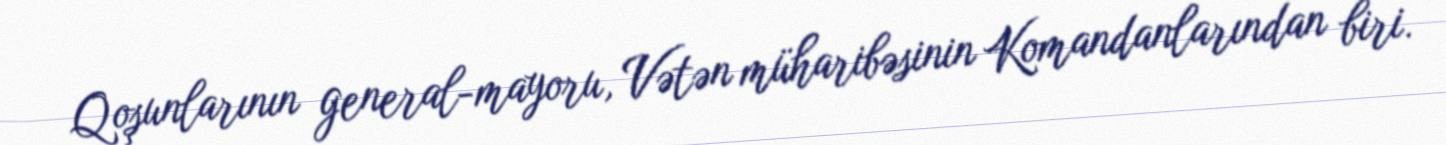
Qoşunlarının general-mayoru, Vətən müharibəsinin Komandanlarından biri.